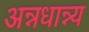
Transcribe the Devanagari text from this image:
अन्नधान्न्य